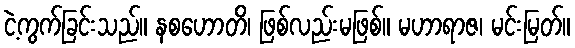
ငဲ့ကွက်ခြင်းသည်။ နစဟောတိ၊ ဖြစ်လည်းမဖြစ်။ မဟာရာဇ၊ မင်းမြတ်။